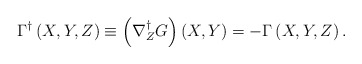
\begin{align*}\Gamma ^{\dag }\left( X,Y,Z\right) \equiv \left( \nabla _{Z}^{\dag }G\right)\left( X,Y\right) =-\Gamma \left( X,Y,Z\right) . \end{align*}